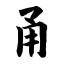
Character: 甬